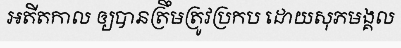
អតីតកាល ឲ្យបានត្រឹមត្រូវប្រកប ដោយសុភមង្គល